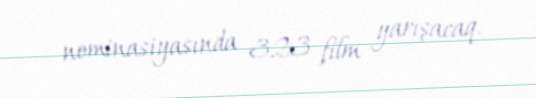
nominasiyasında 323 film yarışacaq.